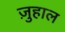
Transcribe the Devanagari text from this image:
ज़ुहाल